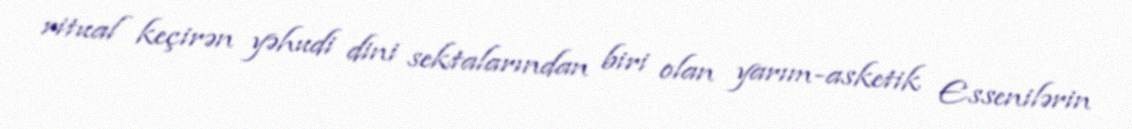
ritual keçirən yəhudi dini sektalarından biri olan yarım-asketik Essenilərin